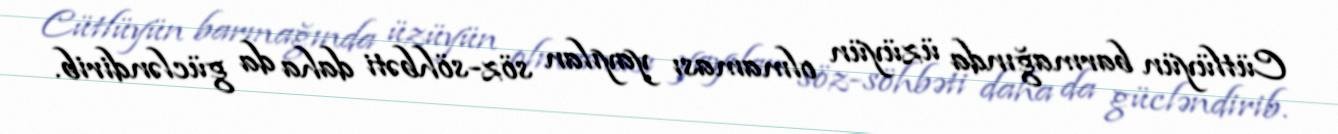
Cütlüyün barmağında üzüyün olmaması yayılan söz-söhbəti daha da gücləndirib.